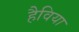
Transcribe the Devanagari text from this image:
हैविया